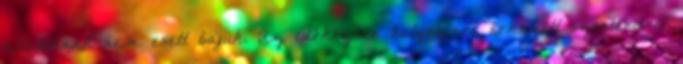
állatoknak nem esett bajuk. Az időközben helyszínre érkezett szentendrei